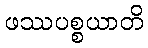
ဖဿပစ္စယာတိ